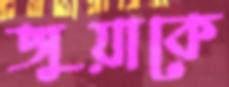
জুয়াকে